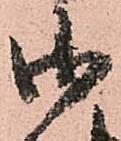
御